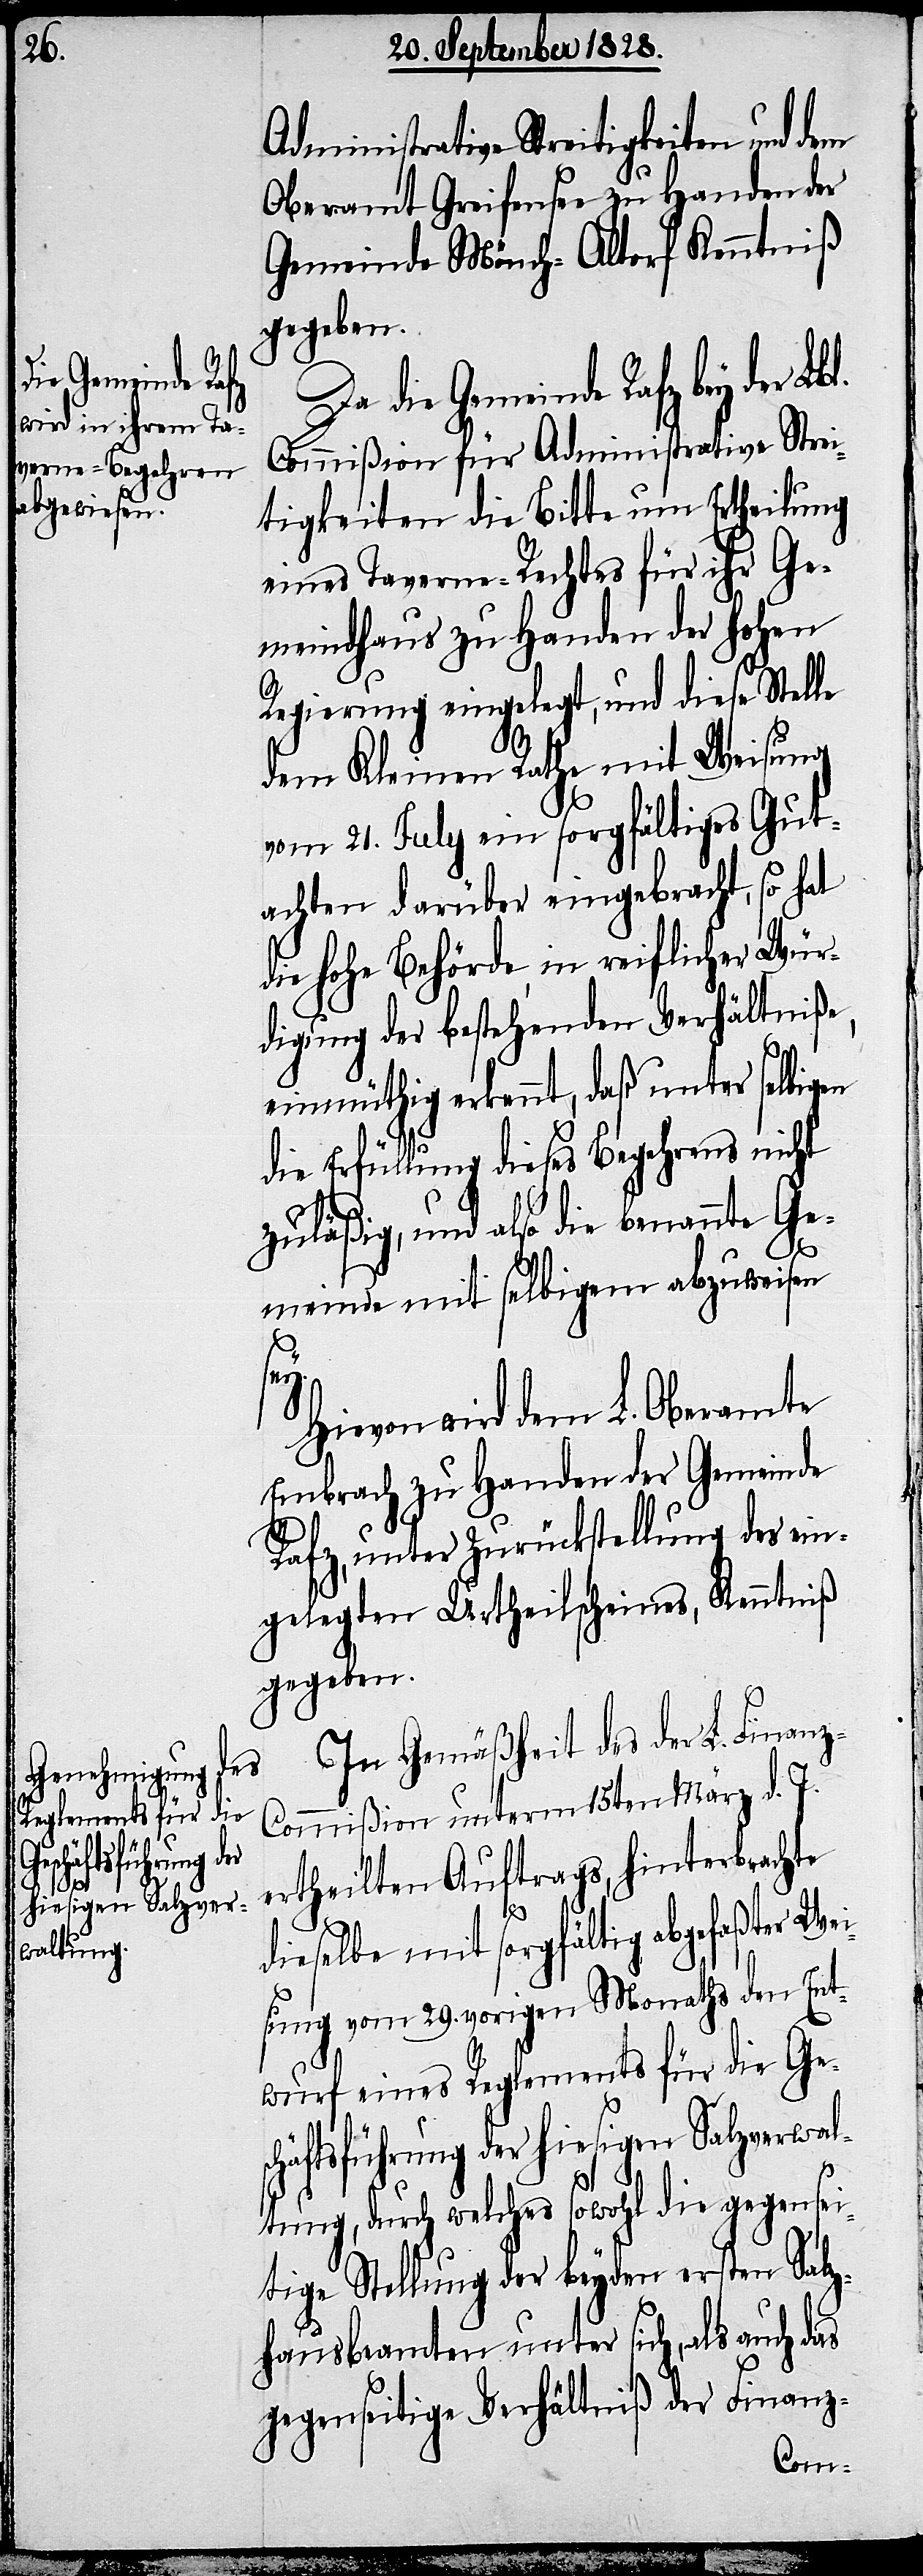
Administrative Streitigkeiten und dem
Oberamt Greifensee zu Handen der
Gemeinde Mönch-Altorf Kenntniß
gegeben.
Da die Gemeinde Rafz bey der Lb¬
Commißion für Administrative Strei¬
tigkeiten die Bitte um Ertheilung
eines Taverne-Rechtes für ihr Ge¬
meindhaus zu Handen der hohen
Regierung eingelegt, und diese Stelle
dem Kleine Rathe mit Weisung
vom 21. July ein sorgfältiges Gut¬
achten darüber eingebracht, so hat
die hohe Behörde in reiflicher Wür¬
digung der bestehenden Verhältniße,
einmüthig erkennt, daß unter selbigen
die Erfüllung dieses Begehrens nicht
zuläßig, und also die benannte Ge¬
meinde mit selbigem abzuweisen
y.
Hievon wird dem L. Oberamte
Embrach zu Handen der Gemeinde
Rafz, unter Zurückstellung des ein¬
gelegten Urtheilscheines, Kenntniß
gegeben.
In Gemäßheit des der L. Finan¬
z-Commißion unterm 15ten März d. J.
ertheilten Auftrags, hinterbrachte
dieselbe mit sorgfältig abgefaßter Wei¬
sung vom 29. vorigen Monaths den Ent¬
wurf eines Reglements für die Ge¬
l.
schäftsführung der hiesigen Salzverwal¬
tung, durch welches sowohl die gegensei¬
tige Stellung der beyden ersten Salz¬
hausbeamten unter sich, als auch das
gegenseitige Verhältniß der Finanz-